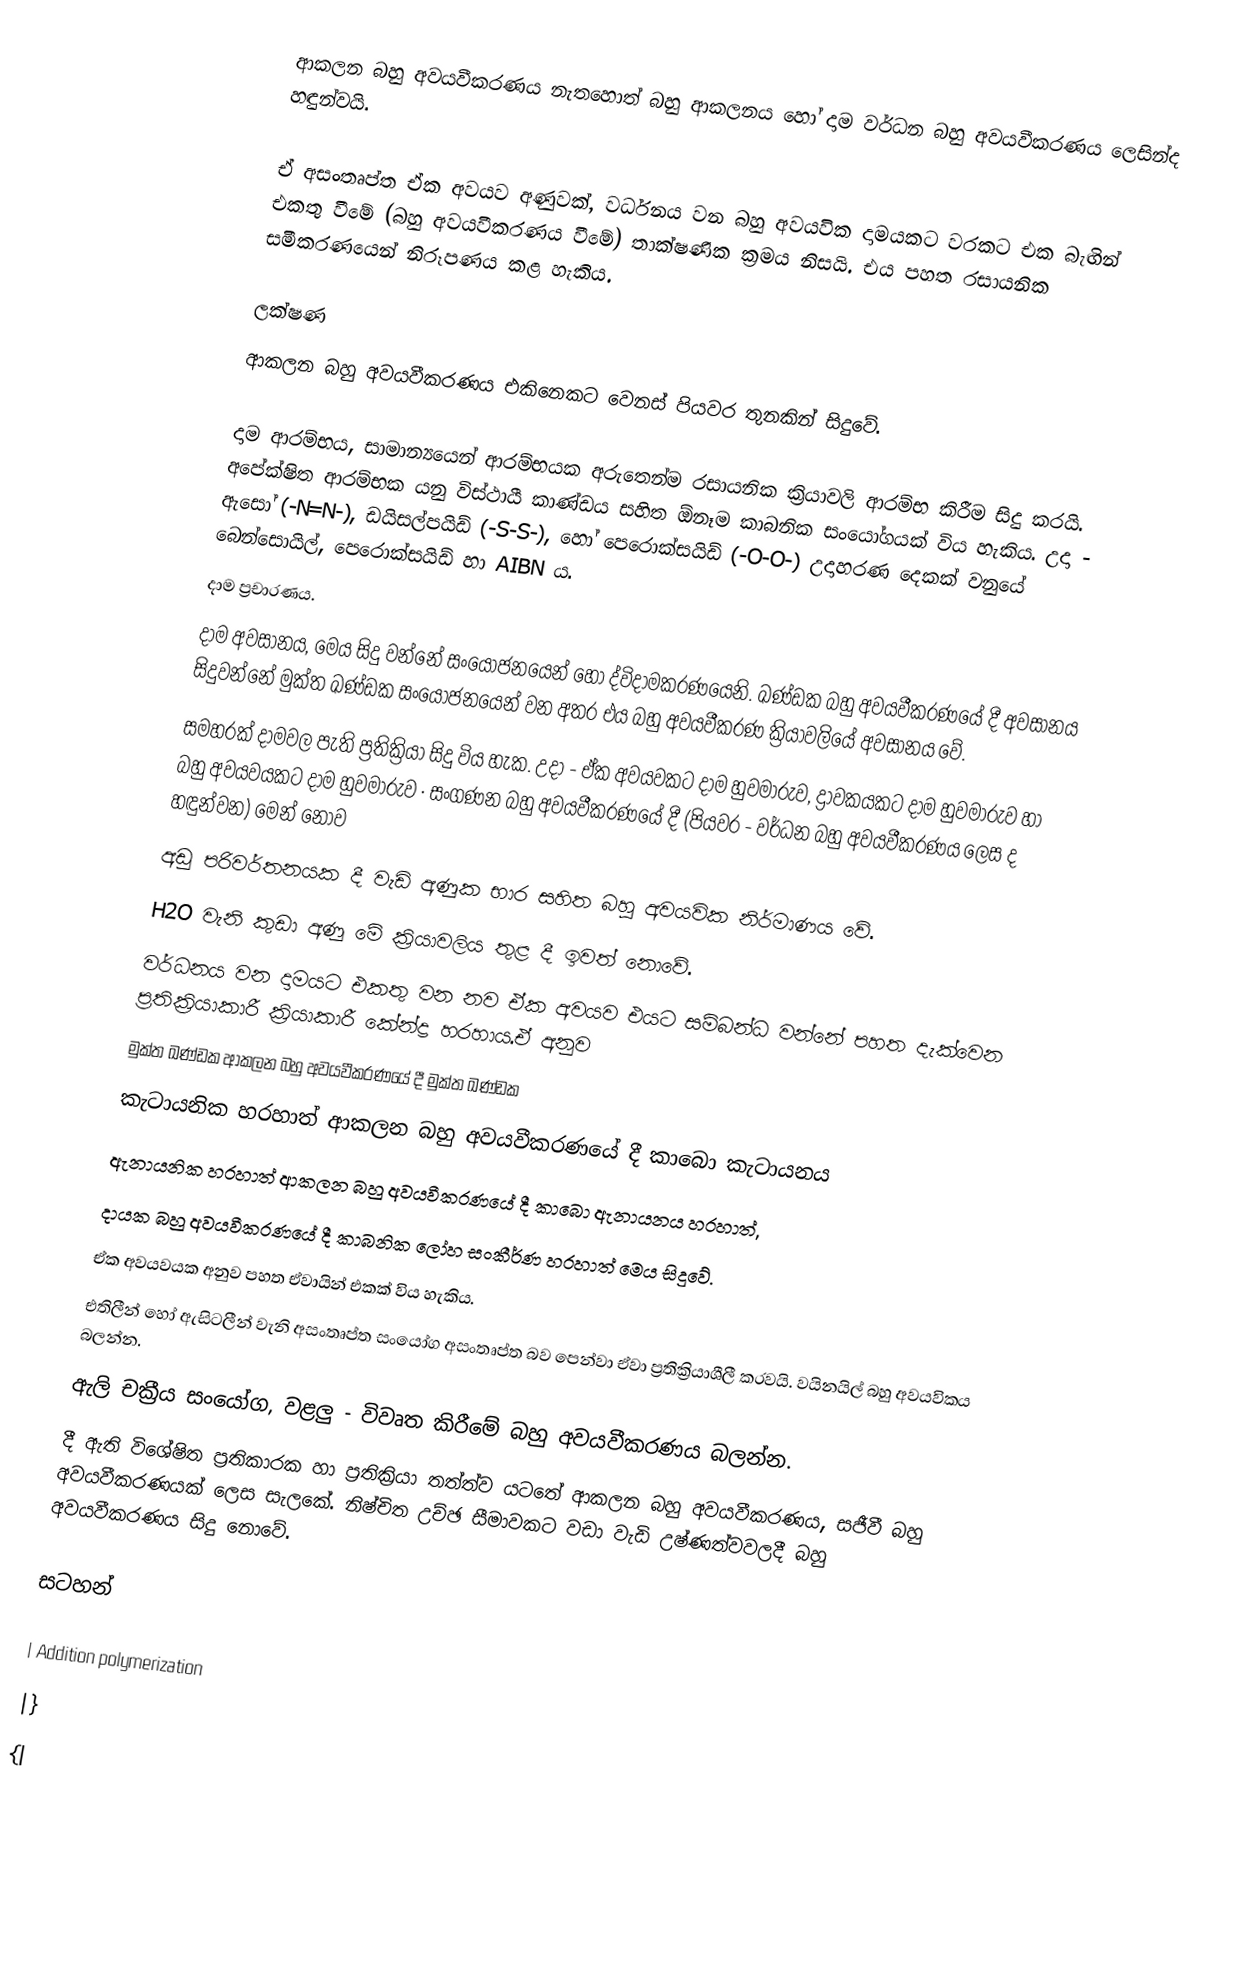
ආකලන බහු අවයවීකරණය නැතහොත් බහු ආකලනය හෝ දාම වර්ධන බහු අවයවීකරණය ලෙසින්ද හඳුන්වයි.

ඒ අසංතෘප්ත ඒක අවයව අණුවක්, වර්ධනය වන බහු අවයවික දාමයකට වරකට එක බැඟින් එකතු වීමේ (බහු අවයවීකරණය වීමේ) තාක්ෂණික ක්‍රමය නිසයි. එය පහත රසායනික සමීකරණයෙන් නිරූපණය කළ හැකිය.

ලක්ෂණ
ආකලන බහු අවයවීකරණය එකිනෙකට වෙනස් පියවර තුනකින් සිදුවේ.

දාම ආරම්භය, සාමාන්‍යයෙන් ආරම්භයක අරුතෙන්ම රසායනික ක්‍රියාවලි ආරම්භ කිරීම සිදු කරයි. අපේක්ෂිත ආරම්භක යනු විස්ථායී කාණ්ඩය සහිත ඕනෑම කාබනික සංයෝගයක් විය හැකිය. උදා - ඇසෝ (-N=N-), ඩයිසල්පයිඩ් (-S-S-), හෝ පෙරොක්සයිඩ් (-O-O-) උදාහරණ දෙකක් වනුයේ බෙන්සොයිල්, පෙරොක්සයිඩ් හා AIBN ය.
දාම ප්‍රචාරණය.
දාම අවසානය, මෙය සිදු වන්නේ සංයෝජනයෙන් හෝ ද්විදාමකරණයෙනි. ඛණ්ඩක බහු අවයවීකරණයේ දී අවසානය සිදුවන්නේ මුක්ත ඛණ්ඩක සංයෝජනයෙන් වන අතර එය බහු අවයවීකරණ ක්‍රියාවලියේ අවසානය වේ.
සමහරක් දාමවල පැති ප්‍රතික්‍රියා සිදු විය හැක. උදා - ඒක අවයවකට දාම හුවමාරුව, ද්‍රාවකයකට දාම හුවමාරුව හා බහු අවයවයකට දාම හුවමාරුව · සංගණන බහු අවයවීකරණයේ දී (පියවර - වර්ධන බහු අවයවීකරණය ලෙස ද හඳුන්වන) මෙන් නොව
අඩු පරිවර්තනයක දී වැඩි අණුක භාර සහිත බහු අවයවික නිර්මාණය වේ.
H2O වැනි කුඩා අණු මේ ක්‍රියාවලිය තුළ දී ඉවත් නොවේ.
වර්ධනය වන දාමයට එකතු වන නව ඒක අවයව එයට සම්බන්ධ වන්නේ පහත දැක්වෙන ප්‍රතික්‍රියාකාරී ක්‍රියාකාරී කේන්ද්‍ර හරහාය.ඒ අනුව
මුක්ත ඛණ්ඩක ආකලන බහු අවයවීකරණයේ දී මුක්ත ඛණ්ඩක
කැටායනික හරහාත් ආකලන බහු අවයවීකරණයේ දී කාබො කැටායනය
ඇනායනික හරහාත් ආකලන බහු අවයවීකරණයේ දී කාබො ඇනායනය හරහාත්,
දායක බහු අවයවීකරණයේ දී කාබනික ලෝහ සංකීර්ණ හරහාත් මෙය සිදුවේ.
ඒක අවයවයක අනුව පහත ඒවායින් එකක් විය හැකිය.
එතිලීන් හෝ ඇසිටලීන් වැනි අසංතෘප්ත සංයෝග අසංතෘප්ත බව පෙන්වා ඒවා ප්‍රතික්‍රියාශීලී කරවයි. වයිනයිල් බහු අවයවිකය බලන්න.
ඇලි චක්‍රීය සංයෝග, වළලු - විවෘත කිරීමේ බහු අවයවීකරණය බලන්න.
දී ඇති විශේෂිත ප්‍රතිකාරක හා ප්‍රතික්‍රියා තත්ත්ව යටතේ ආකලන බහු අවයවීකරණය, සජීවී බහු අවයවීකරණයක් ලෙස සැලකේ. නිෂ්චිත උච්ඡ සීමාවකට වඩා වැඩි උෂ්ණත්වවලදී බහු අවයවීකරණය සිදු නොවේ.

සටහන්

| Addition polymerization
|}
{|